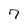
Character: 7